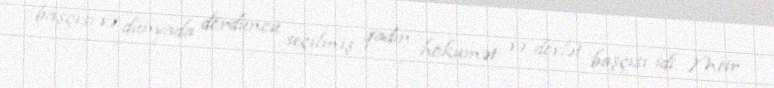
başçısı və dünyada dördüncü seçilmiş qadın hökumət və dövlət başçısı idi. Meir